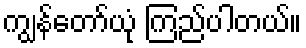
ကျွန်တော်ယုံ ကြည်ပါတယ်။